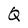
Character: Q